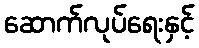
ဆောက်လုပ်ရေးနှင့်